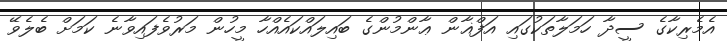
އެމެރިކާގެ ސީދާ ހަމަލާތަކުގައި އަފްޣާން ޢާންމުންގެ ބައިލައްކައެއްހާ މީހުން މަރުވެފައިވާނެ ކަމަށް ބެލެވޭ